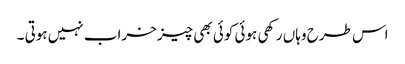
اس طرح وہاں رکھی ہوئی کوئی بھی چیز خراب نہیں ہوتی ۔